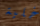
خلية